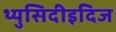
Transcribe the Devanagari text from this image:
थ्युसिदीइदिज